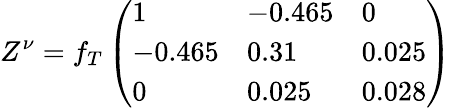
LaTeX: Z^{\nu}=f_{T}\left(\begin{array}{lll}{{1}}&{{-0.465}}&{{0}}\\ {{-0.465}}&{{0.31}}&{{0.025}}\\ {{0}}&{{0.025}}&{{0.028}}\end{array}\right)